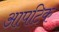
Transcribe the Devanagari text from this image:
आपटिक